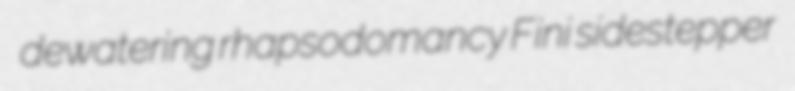
dewatering rhapsodomancy Fini sidestepper